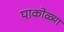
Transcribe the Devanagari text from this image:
पाकोळ्या